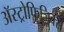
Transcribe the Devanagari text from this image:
अॅस्ट्रोफिजिक्स